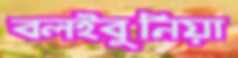
বলইবুনিয়া